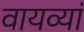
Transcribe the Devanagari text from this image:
वायव्यां